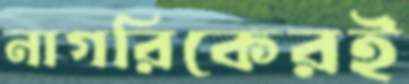
নাগরিকেরই